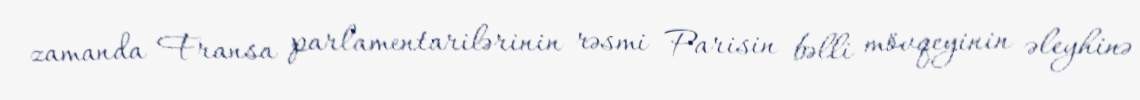
zamanda Fransa parlamentarilərinin rəsmi Parisin bəlli mövqeyinin əleyhinə